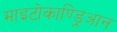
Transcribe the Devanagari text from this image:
माइटोकाण्ड्रिआन